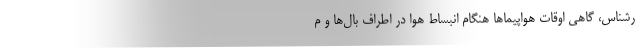
رشناس، گاهی اوقات هواپیما‌ها هنگام انبساط هوا در اطراف بال‌ها و م